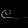
Digit: ၉